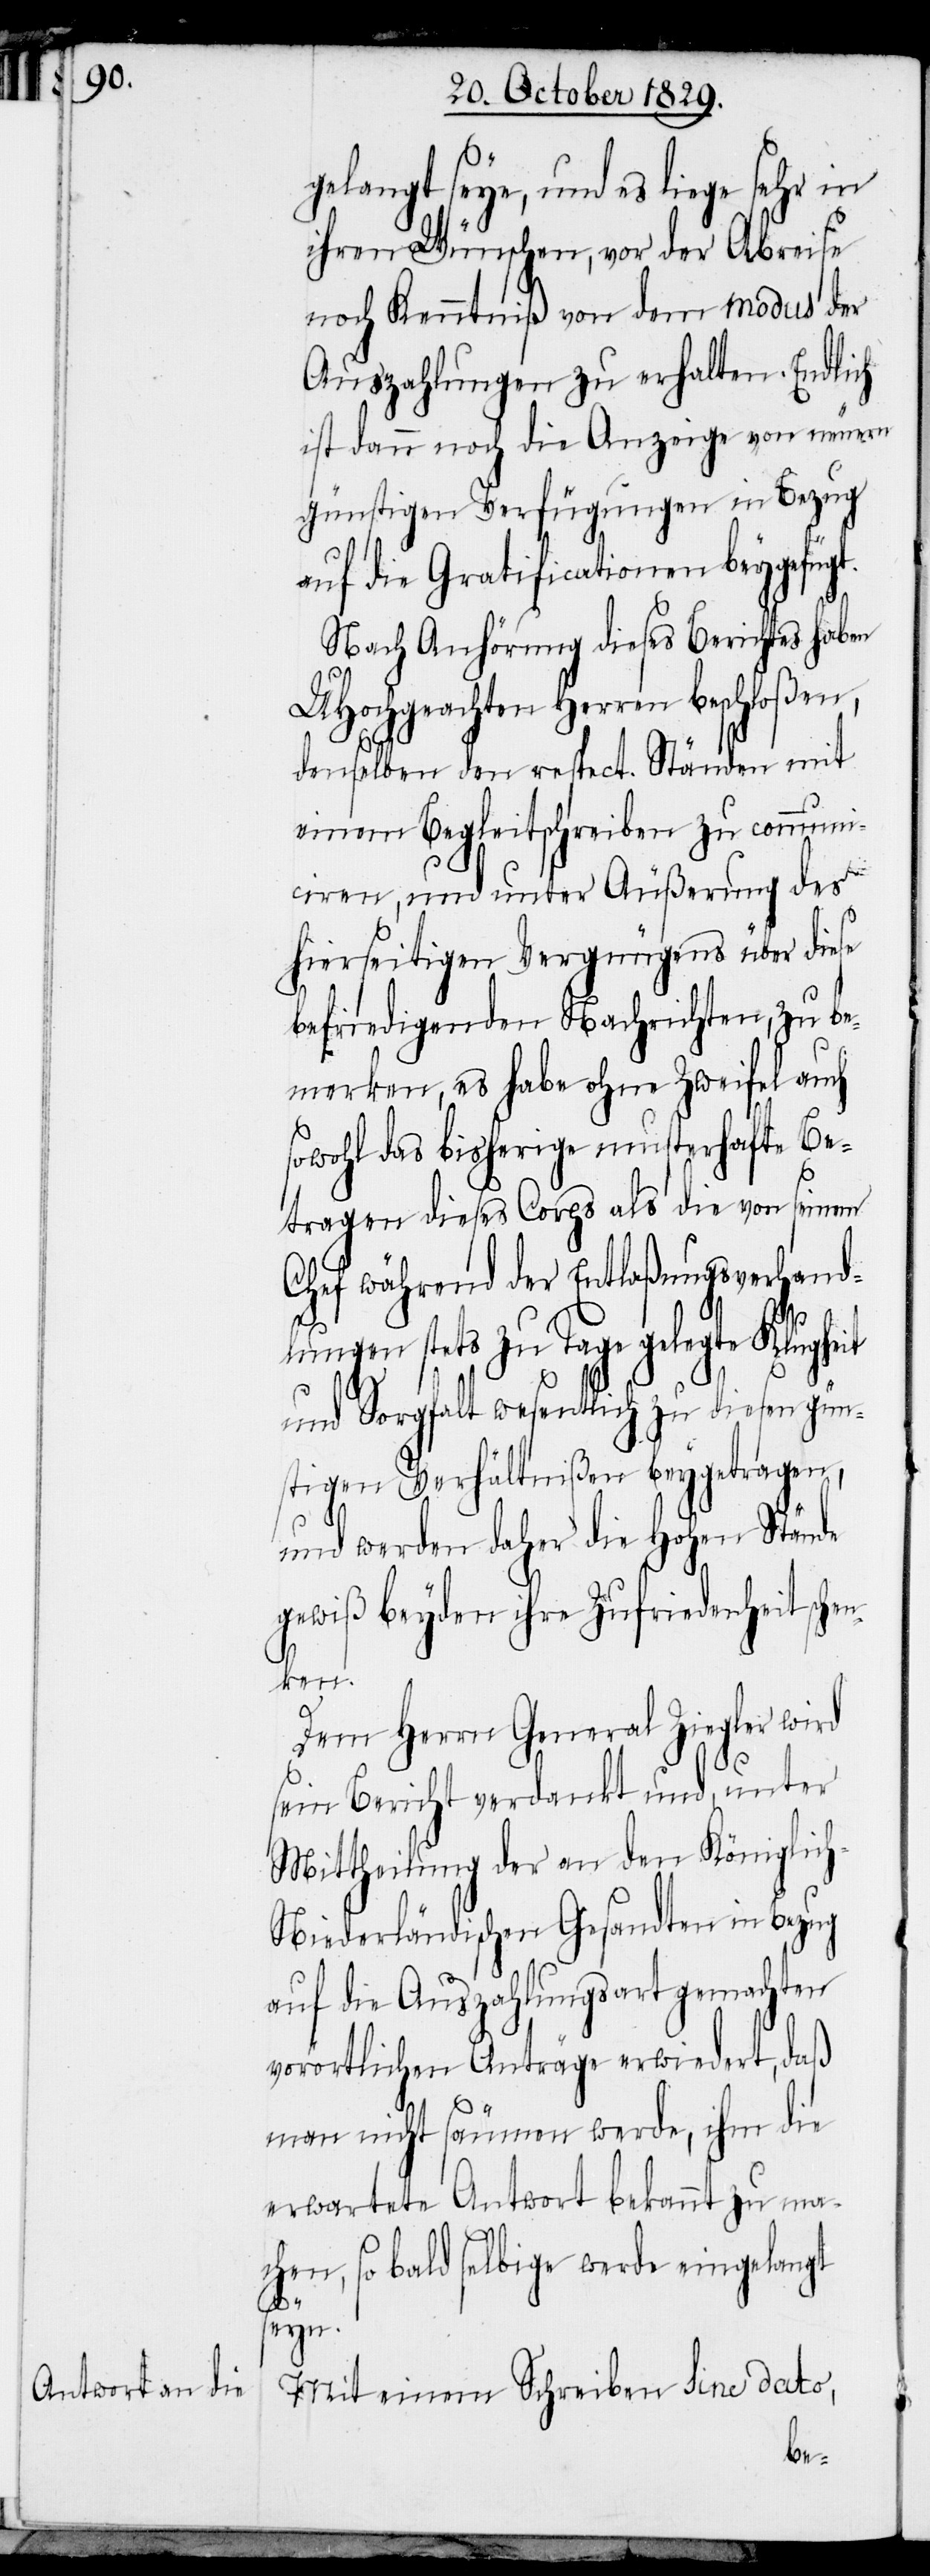
gelangt seye, und es liege sehr in
ihren Wünschen, vor der Abreise
noch Kenntniß von dem modus der
Auszahlung zu erhalten. Endlich
ist dann noch die Anzeige von neuern
günstigen Verfügungen in Bezug
auf die Gratificationen beygefügt.
Nach Anhörung dieses Berichtes haben
UHochgeachten Herren beschloßen,
demselben den respect. Ständen mit
einem Begleitschreiben zu communi¬
ciren, und unter Äußerung des
hierseitigen Vergnügens über diese
befriedigenden Nachrichten, zu be¬
merken, es habe ohne Zweifel auch
sowohl das bisherige musterhafte Be¬
tragen dieses Corps als die von seinem
Chef während der Entlaßungsverhand¬
lungen stets zu Tage gelegte Klughe¬
it
und Sorgfalt wesentlich zu diesen gün¬
stigen Verhältnißen beygetragen,
und werden daher die Hohen Stände
gewiß beyden ihre Zufriedenheit sche¬
nken.
Dem Herrn General Ziegler wird
sein Bericht verdankt und, unter
Mittheilung der an den Königlic¬
h-Niederländischen Gesandten in Bezug
auf die Auszahlungsart gemachten
vorörtlichen Anträge erwiedert, daß
man nicht säumen werde, ihm die
erwartete Antwort bekannt zu ma¬
chen, so bald selbige werde eingelangt
seyn.
Mit einem Schreiben sine dato,